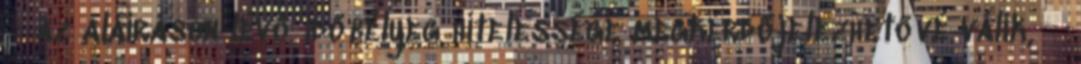
 az aláíráson lévő időbélyeg hitelessége megkérdőjelezhetővé válik, 